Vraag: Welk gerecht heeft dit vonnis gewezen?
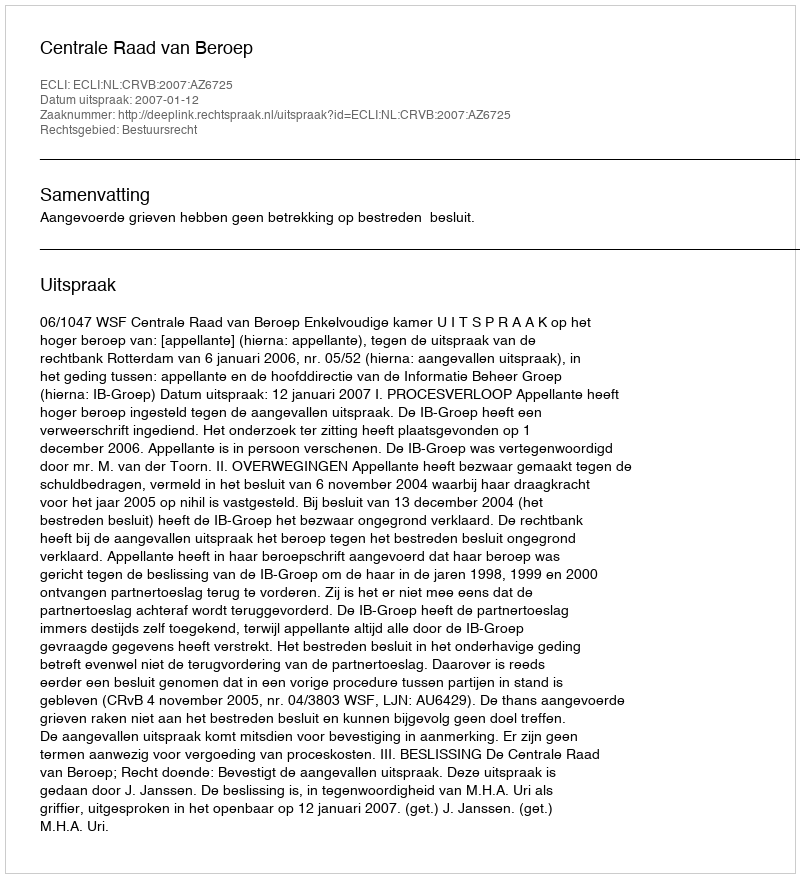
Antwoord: Centrale Raad van Beroep